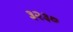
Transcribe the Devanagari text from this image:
३२३७